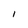
Character: l